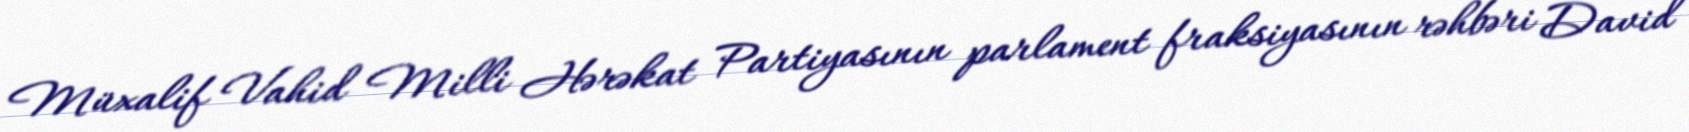
Müxalif Vahid Milli Hərəkat Partiyasının parlament fraksiyasının rəhbəri David